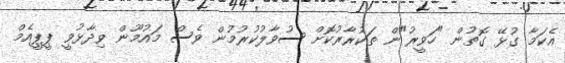
އެކަމާ ގުޅޭ ގޮތުން "ހަވީރު"ން ތަކުރާރުކޮށް ސުވާލުކުރުމުން ވެސް މައުމޫން ވިދާޅުވީ ޕީޕީއެމް